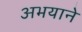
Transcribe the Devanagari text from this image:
अभयाने